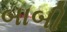
બાબી